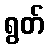
ရွတ်